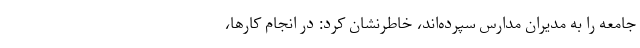
جامعه را به مدیران مدارس سپرده‌اند، خاطرنشان کرد: در انجام کارها،